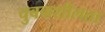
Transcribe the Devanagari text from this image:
चुबकशीलता